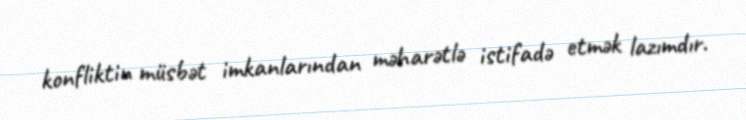
konfliktin müsbət imkanlarından məharətlə istifadə etmək lazımdır.